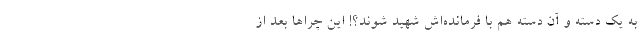
به یک دسته و آن دسته هم با فرمانده‌اش شهید شوند؟! این چراها بعد از